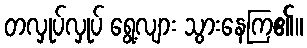
တလှုပ်လှုပ် ရွေ့လျား သွားနေကြ၏။